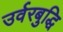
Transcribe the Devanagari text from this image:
उर्वरबुद्धि